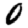
Digit: 0